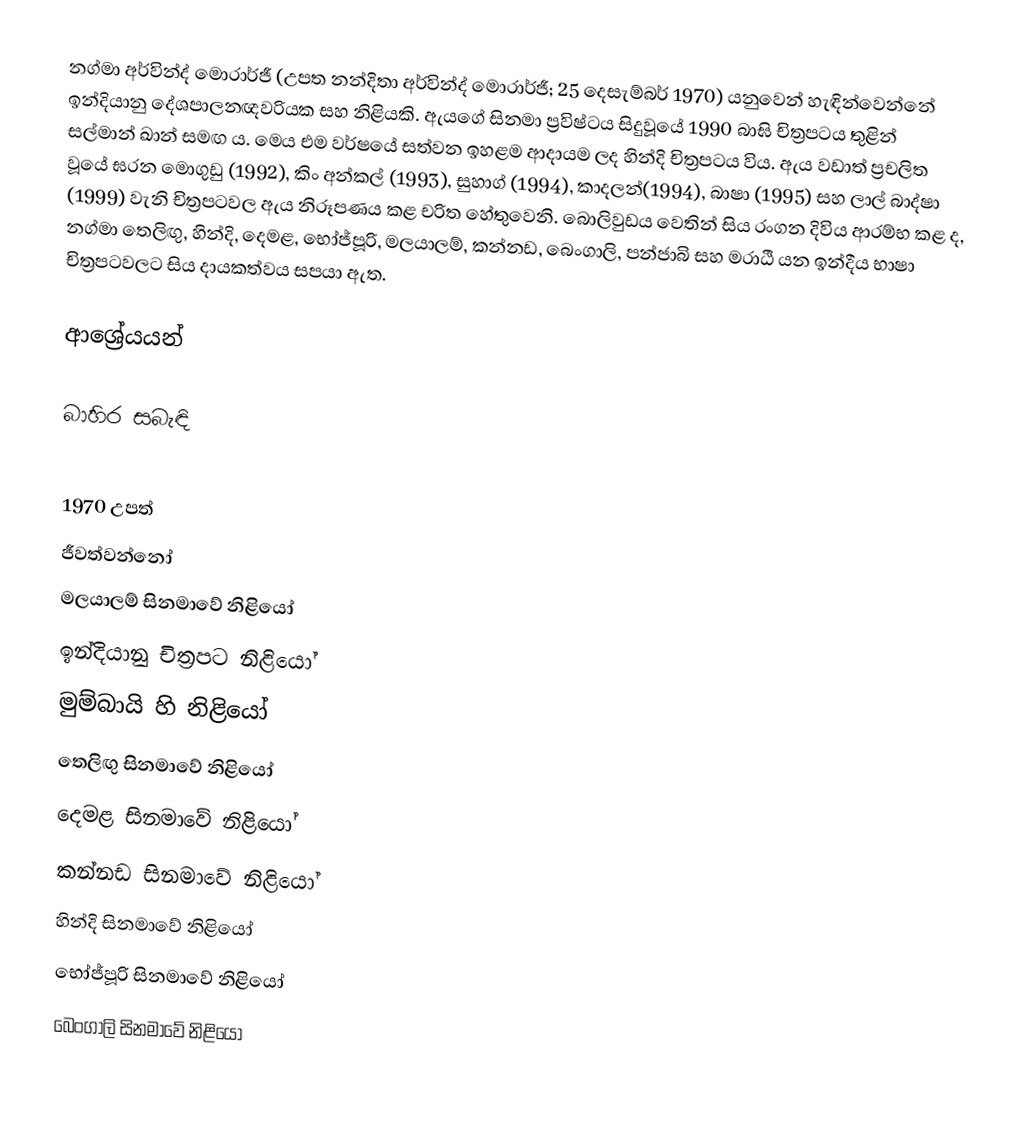
නග්මා අර්වින්ද් මොරාර්ජී (උපත නන්දිතා අර්වින්ද් මොරාර්ජී; 25 දෙසැම්බර් 1970) යනුවෙන් හැඳින්වෙන්නේ ඉන්දියානු දේශපාලනඥවරියක සහ නිළියකි. ඇයගේ සිනමා ප්‍රවිෂ්ටය සිදුවූයේ 1990 බාඝි චිත්‍රපටය තුළින් සල්මාන් ඛාන් සමඟ ය. මෙය එම වර්ෂයේ සත්වන ඉහළම ආදායම ලද හින්දි චිත්‍රපටය විය. ඇය වඩාත් ප්‍රචලිත වූයේ ඝරන මොගුඩු (1992), කිං අන්කල් (1993), සුහාග් (1994),   කාදලන්(1994), බාෂා (1995) සහ ලාල් බාද්ෂා (1999) වැනි චිත්‍රපටවල ඇය නිරූපණය කළ චරිත හේතුවෙනි. බොලිවුඩය වෙතින් සිය රංගන දිවිය ආරම්භ කළ ද, නග්මා තෙලිඟු, හින්දි, දෙමළ, භෝජ්පූරි, මලයාලම්, කන්නඩ, බෙංගාලි, පන්ජාබි සහ මරාඨි යන ඉන්දීය භාෂා චිත්‍රපටවලට සිය දායකත්වය සපයා ඇත.

ආශ්‍රේයයන්

බාහිර සබැඳි

1970 උපත්
ජීවත්වන්නෝ
මලයාලම් සිනමාවේ නිළියෝ
ඉන්දියානු චිත්‍රපට නිළියෝ
මුම්බායි හි නිළියෝ
තෙලිඟු සිනමාවේ නිළියෝ
දෙමළ සිනමාවේ නිළියෝ
කන්නඩ සිනමාවේ නිළියෝ
හින්දි සිනමාවේ නිළියෝ
භෝජ්පූරි සිනමාවේ නිළියෝ
බෙංගාලි සිනමාවේ නිළියෝ